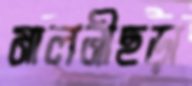
মালনীছড়া